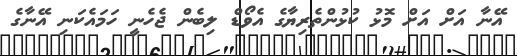
އޭނާ އަށް އަށް މޮޅު ކުޅުންތެރިޔާގެ އެވޯޑް ލިބެން ޖެހެނީ ހަމައެކަނި އޭނާގެ